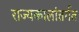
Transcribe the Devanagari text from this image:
राज्यकालांतर्गत